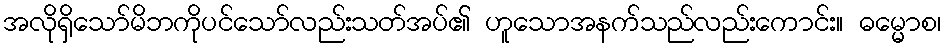
အလိုရှိသော်မိဘကိုပင်သော်လည်းသတ်အပ်၏ ဟူသောအနက်သည်လည်းကောင်း။ ဓမ္မောစ၊